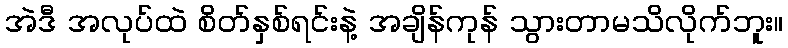
အဲဒီ အလုပ်ထဲ စိတ်နှစ်ရင်းနဲ့ အချိန်ကုန် သွားတာမသိလိုက်ဘူး။